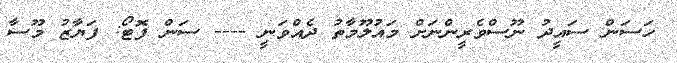
ހަސަން ސައީދު ނޫސްވެރީންނަށް މައުލޫމާތު ދެއްވަނީ ---- ސަން ފޮޓޯ: ފަޔާޒު މޫސާ